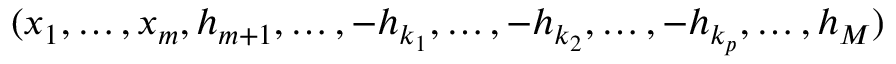
( x _ { 1 } , \hdots , x _ { m } , h _ { m + 1 } , \hdots , - h _ { k _ { 1 } } , \hdots , - h _ { k _ { 2 } } , \hdots , - h _ { k _ { p } } , \hdots , h _ { M } )